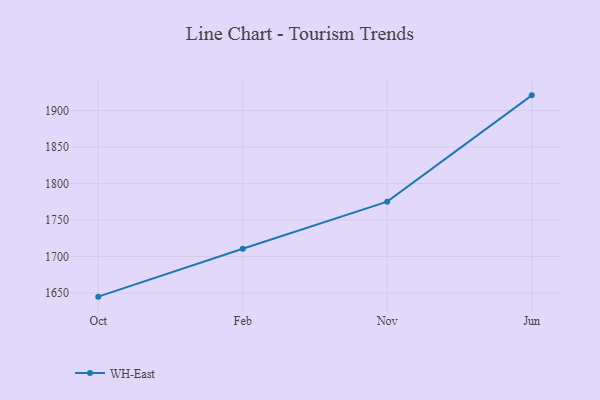
{"axis": {"x": "Month", "y": "Tickets Resolved"}, "legend": ["WH-East"], "data": [{"x": "Oct", "y": 1645.0, "type": "WH-East"}, {"x": "Feb", "y": 1710.7, "type": "WH-East"}, {"x": "Nov", "y": 1775.2, "type": "WH-East"}, {"x": "Jun", "y": 1920.9, "type": "WH-East"}]}